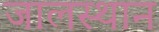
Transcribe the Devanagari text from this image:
जालस्थान